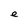
Character: e